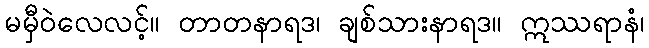
မမှီဝဲလေလင့်။ တာတနာရဒ၊ ချစ်သားနာရဒ။ ဣဿရာနံ၊